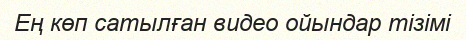
Ең көп сатылған видео ойындар тізімі